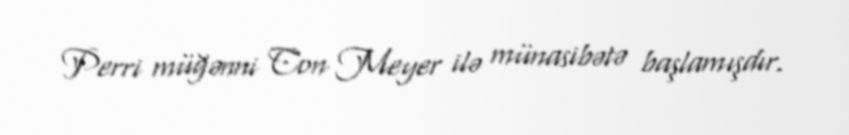
Perri müğənni Con Meyer ilə münasibətə başlamışdır.